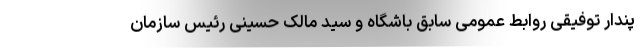
پندار توفیقی روابط عمومی سابق باشگاه و سید مالک حسینی رئیس سازمان